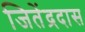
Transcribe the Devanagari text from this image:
जितेंद्रदास